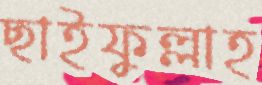
ছাইফুল্লাহ